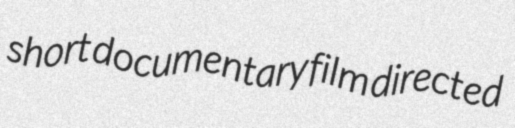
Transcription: short documentary film directed